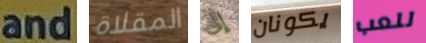
and المقلاة إلى يكونان للعب